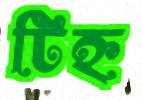
টিহ্ন